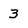
Character: 3